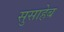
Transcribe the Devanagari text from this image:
सुसाहेब